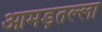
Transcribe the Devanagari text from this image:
आमड़तल्ला